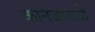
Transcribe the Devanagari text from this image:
कानजावळें